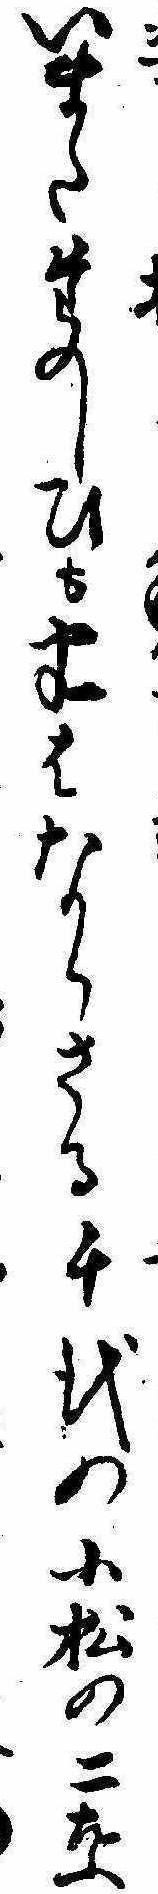
いまたたのしひも半はならさる千代の小松の二葉